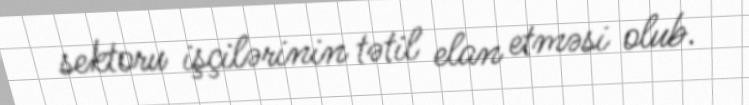
sektoru işçilərinin tətil elan etməsi olub.